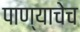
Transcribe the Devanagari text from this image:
पाण्याचेच